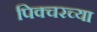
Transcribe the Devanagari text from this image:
पिक्चरच्या